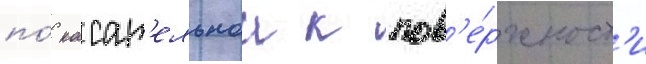
по́ касат'ельнои к пов'е́рхност'и